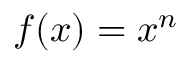
f ( x ) = x ^ { n }